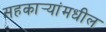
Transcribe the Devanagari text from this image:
सहकार्‍यांमधील